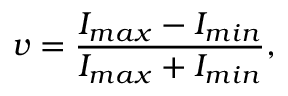
v = \frac { I _ { m a x } - I _ { m i n } } { I _ { m a x } + I _ { m i n } } ,